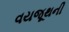
વયજૂથની